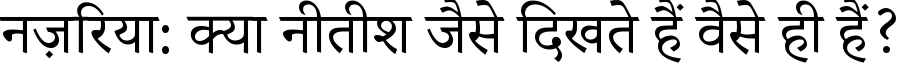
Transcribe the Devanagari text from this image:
नज़रिया: क्या नीतीश जैसे दिखते हैं वैसे ही हैं?